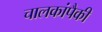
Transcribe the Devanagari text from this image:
चालकांपैकी